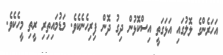
އަހަރެންގެ ލޮލުގައި އަޅަގަތީ އިސްކޮޅުން ދިގު ދޮން ފިރިހެނެކެވެ. މަޑުމައިތިރި ރީތި މީހެކެވެ.